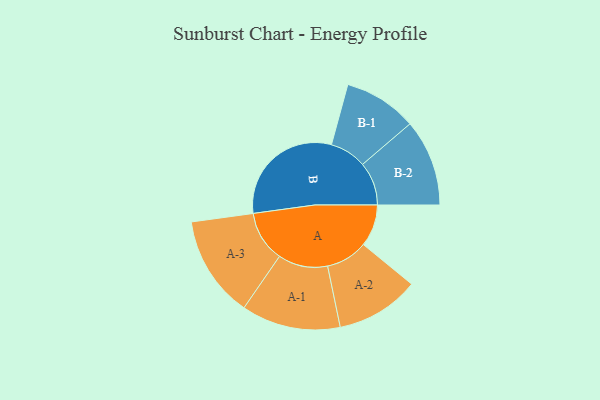
{"axis": {"x": "Segment", "y": "Value"}, "legend": ["", "A", "B"], "data": [{"x": "A", "y": 156, "type": ""}, {"x": "B", "y": 449, "type": ""}, {"x": "A-1", "y": 184, "type": "A"}, {"x": "A-2", "y": 155, "type": "A"}, {"x": "A-3", "y": 189, "type": "A"}, {"x": "B-1", "y": 136, "type": "B"}, {"x": "B-2", "y": 161, "type": "B"}]}